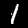
Digit: 1